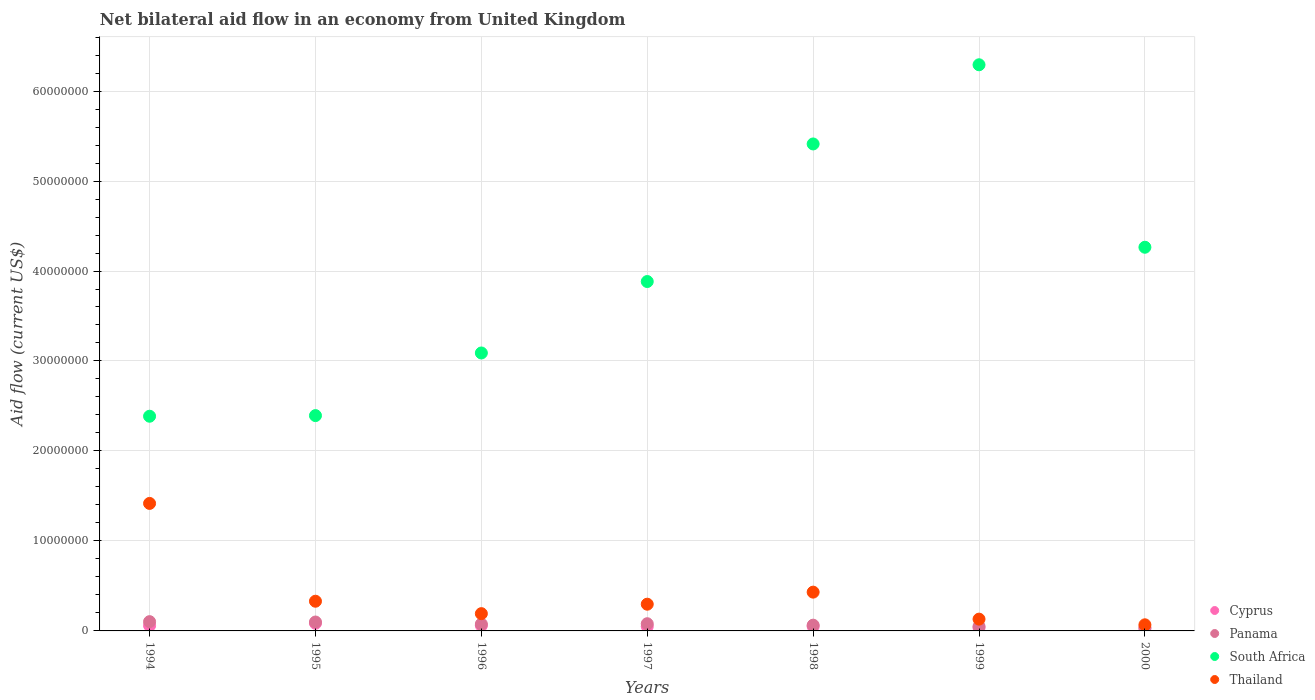
| Years | Cyprus | Panama | South Africa | Thailand |
 | --- | --- | --- | --- | --- |
 | 1994 | 5.9e+05 | 1.03e+06 | 2.39e+07 | 1.42e+07 |
 | 1995 | 8.5e+05 | 9.9e+05 | 2.39e+07 | 3.3e+06 |
 | 1996 | 5.9e+05 | 7.6e+05 | 3.09e+07 | 1.92e+06 |
 | 1997 | 5e+05 | 8e+05 | 3.88e+07 | 2.97e+06 |
 | 1998 | 5e+05 | 6.4e+05 | 5.41e+07 | 4.31e+06 |
 | 1999 | 3.6e+05 | 5e+05 | 6.29e+07 | 1.31e+06 |
 | 2000 | 2.4e+05 | 3.8e+05 | 4.26e+07 | 6.8e+05 |